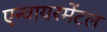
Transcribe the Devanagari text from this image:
एन्वायरमेंटल